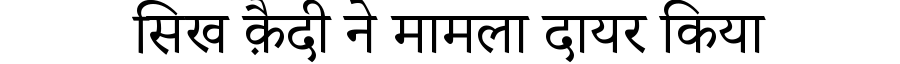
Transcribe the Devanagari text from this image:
सिख क़ैदी ने मामला दायर किया